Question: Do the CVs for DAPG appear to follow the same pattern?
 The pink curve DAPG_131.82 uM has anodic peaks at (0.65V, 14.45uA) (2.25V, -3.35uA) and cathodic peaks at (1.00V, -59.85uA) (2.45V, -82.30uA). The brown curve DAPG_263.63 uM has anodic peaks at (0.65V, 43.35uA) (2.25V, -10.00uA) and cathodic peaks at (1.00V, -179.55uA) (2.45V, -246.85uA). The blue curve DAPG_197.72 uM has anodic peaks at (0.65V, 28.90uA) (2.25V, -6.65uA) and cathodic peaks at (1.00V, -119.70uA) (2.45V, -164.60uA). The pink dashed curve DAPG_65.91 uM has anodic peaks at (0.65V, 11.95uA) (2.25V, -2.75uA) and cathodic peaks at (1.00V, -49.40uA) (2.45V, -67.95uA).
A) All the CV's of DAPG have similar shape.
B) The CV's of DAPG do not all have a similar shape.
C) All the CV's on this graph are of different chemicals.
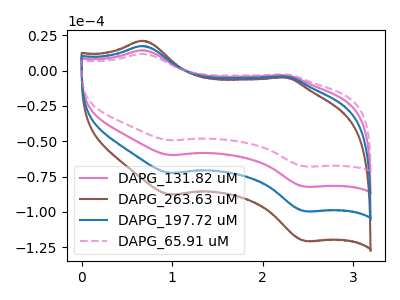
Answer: <think>All the peaks in "DAPG_131.82 uM" have a peak in "DAPG_263.63 uM" at the same potential. All the peaks in "DAPG_131.82 uM" have a peak in "DAPG_197.72 uM" at the same potential. All the peaks in "DAPG_131.82 uM" have a peak in "DAPG_65.91 uM" at the same potential. All the peaks in "DAPG_263.63 uM" have a peak in "DAPG_197.72 uM" at the same potential. All the peaks in "DAPG_263.63 uM" have a peak in "DAPG_65.91 uM" at the same potential. All the peaks in "DAPG_197.72 uM" have a peak in "DAPG_65.91 uM" at the same potential.
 </think>
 <answer>A) All the CV's of "DAPG" have similar shape.</answer>
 <eval>A</eval>